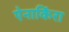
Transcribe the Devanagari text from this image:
ऐनाकिंरा